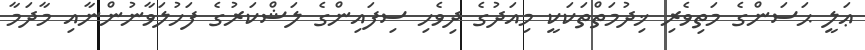
ޢަލީ ޙަސަންގެ މަތިވެރި ޚިދުމަތްތަކަކީ މިއަދުގެ ދިވެހި ސިފައިންގެ ލަޝްކަރުގެ ފަހުލަވާނުންނާއި މާދަމާ